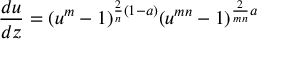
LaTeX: { \frac { d u } { d z } } = ( u ^ { m } - 1 ) ^ { { \frac { 2 } { n } } ( 1 - a ) } ( u ^ { m n } - 1 ) ^ { { \frac { 2 } { m n } } a }